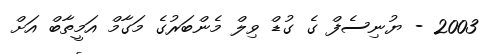
2003 - ޔުނިސެފް ގެ ގުޑް ވިލް މެންބަރުގެ މަގާމް އަމީތާބް އަށް